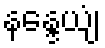
နန္ဒေယျံ